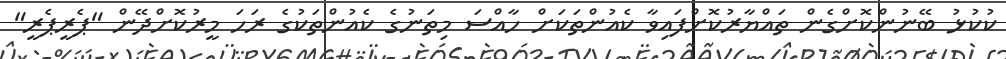
ކުކުޅު ބޭނުންކޮށްގެން ތައްޔާރުކޮށްފައިވާ ކެއުންތަކަށް ހާއްސަ މިތަނުގެ ކެއުންތަކުގެ ރަހަ މީރުކޮށްދޭން "ޕެރީޕެރީ"